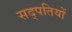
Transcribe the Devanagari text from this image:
सद्पतियों